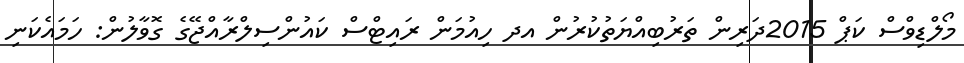
މޯލްޑިވްސް ކަޕް 2015ދަރިން ތަރުބިއްޔަތުކުރުން އދ ހިއުމަން ރައިޓްސް ކައުންސިލްރާއްޖޭގެ ގޮވާލުން: ހަމައެކަނި